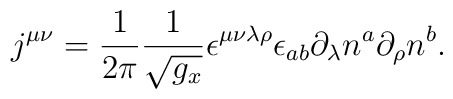
j^{\mu \nu }=\frac 1{2\pi }\frac 1{\sqrt{g_x}}\epsilon ^{\mu \nu\lambda \rho }\epsilon _{ab}\partial _\lambda n^a\partial _\rho n^b.